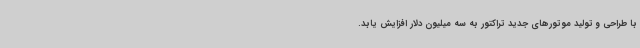
با طراحی و تولید موتورهای جدید تراکتور به سه میلیون دلار افزایش یابد.